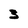
Character: 3